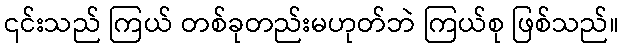
၎င်းသည် ကြယ် တစ်ခုတည်းမဟုတ်ဘဲ ကြယ်စု ဖြစ်သည်။